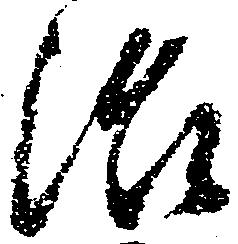
治